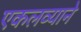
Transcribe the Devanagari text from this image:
एकलव्याने